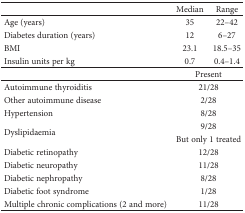
<table><thead><tr><td></td><td><b>Median</b></td><td><b>Range</b></td></tr></thead><tbody><tr><td>Age (years)</td><td>35</td><td>22–42</td></tr><tr><td>Diabetes duration (years)</td><td>12</td><td>6–27</td></tr><tr><td>BMI</td><td>23.1</td><td>18.5–35</td></tr><tr><td>Insulin units per kg</td><td>0.7</td><td>0.4–1.4</td></tr><tr><td></td><td colspan="2">Present</td></tr><tr><td>Autoimmune thyroiditis</td><td colspan="2">21/28</td></tr><tr><td>Other autoimmune disease</td><td colspan="2">2/28</td></tr><tr><td>Hypertension</td><td colspan="2">8/28</td></tr><tr><td rowspan="2">Dyslipidaemia</td><td colspan="2">9/28</td></tr><tr><td colspan="2">But only 1 treated</td></tr><tr><td>Diabetic retinopathy</td><td colspan="2">12/28</td></tr><tr><td>Diabetic neuropathy</td><td colspan="2">11/28</td></tr><tr><td>Diabetic nephropathy</td><td colspan="2">8/28</td></tr><tr><td>Diabetic foot syndrome</td><td colspan="2">1/28</td></tr><tr><td>Multiple chronic complications (2 and more)</td><td colspan="2">11/28</td></tr></tbody></table>